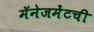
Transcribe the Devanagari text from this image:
मॅनेजमेंटची